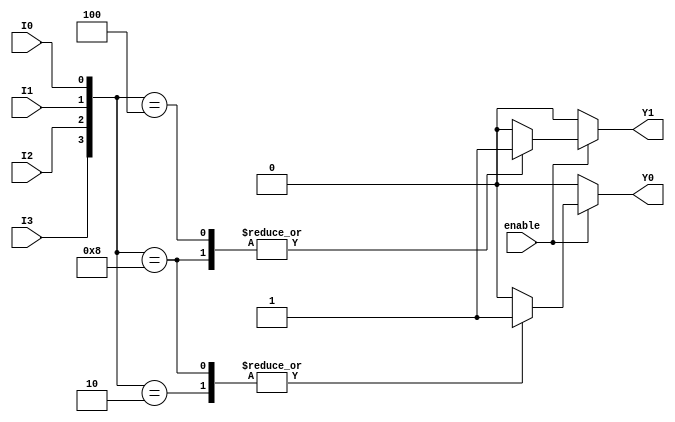
module encoder_4_to_2 (
    input wire I0,      // Input 0
    input wire I1,      // Input 1
    input wire I2,      // Input 2
    input wire I3,      // Input 3
    input wire enable,  // Enable signal
    output reg Y0,      // Output 0
    output reg Y1       // Output 1
);

    always @(*) begin
        if (!enable) begin
            // If the enable signal is low, set outputs to 00
            Y0 = 0;
            Y1 = 0;
        end else begin
            // Priority encoding
            case ({I3, I2, I1, I0})
                4'b0001: begin // I0 active
                    Y0 = 0;
                    Y1 = 0;
                end
                4'b0010: begin // I1 active
                    Y0 = 1;
                    Y1 = 0;
                end
                4'b0100: begin // I2 active
                    Y0 = 0;
                    Y1 = 1;
                end
                4'b1000: begin // I3 active
                    Y0 = 1;
                    Y1 = 1;
                end
                default: begin // No active inputs or multiple active inputs
                    Y0 = 0; // Undefined state can be handled as needed
                    Y1 = 0; // Default output when no valid input
                end
            endcase
        end
    end

endmodule